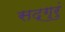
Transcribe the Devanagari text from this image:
सद्‌गुरुं